Annual administration report of the Civil Veterinary Department of India - 1896-1897
Year: 1896
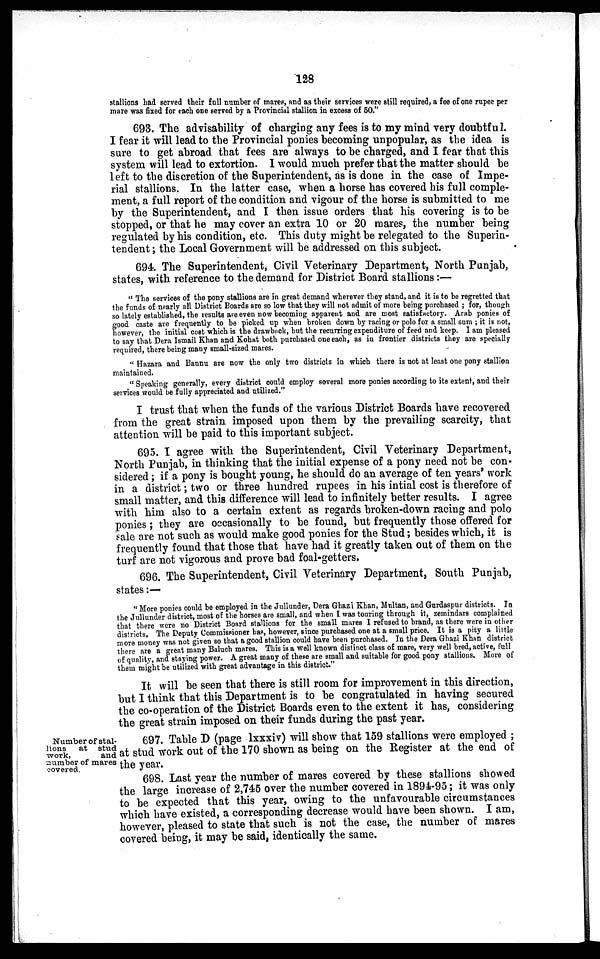
128
stallions had served their full number of mares, and as their services were still required, a fee of one rupee per
mare was fixed for each one served by a Provincial stallion in excess of 50."
693. The advisability of charging any fees is to my mind very doubtful.
I fear it will lead to the Provincial ponies becoming unpopular, as the idea is
sure to get abroad that fees are always to be charged, and I fear that this
system will lead to extortion. I would much prefer that the matter should be
left to the discretion of the Superintendent, as is done in the case of Impe-
rial stallions. In the latter case, when a horse has covered his full comple-
ment, a full report of the condition and vigour of the horse is submitted to me
by the Superintendent, and I then issue orders that his covering is to be
stopped, or that he may cover an extra 10 or 20 mares, the number being
regulated by his condition, etc. This duty might be relegated to the Superin-
tendent; the Local Government will be addressed on this subject.
694. The Superintendent, Civil Veterinary Department, North Punjab,
states, with reference to the demand for District Board stallions:—
"The services of the pony stallions are in great demand wherever they stand, and it is to be regretted that
the funds of nearly all District Boards are so low that they will not admit of more being purchased; for, though
so lately established, the results are even now becoming apparent and are most satisfactory. Arab ponies of
good caste are frequently to be picked up when broken down by racing or polo for a small sum; it is not,
however, the initial cost which is the drawback, but the recurring expenditure of feed and keep. I am pleased
to say that Dera Ismail Khan and Kohat both purchased one each, as in frontier districts they are specially
required, there being many small-sized mares.
"Hazara and Bannu are now the only two districts in which there is not at least one pony stallion
maintained.
"Speaking generally, every district could employ several more ponies according to its extent, and their
services would be fully appreciated and utilized."
I trust that when the funds of the various District Boards have recovered
from the great strain imposed upon them by the prevailing scarcity, that
attention will be paid to this important subject.
695. I agree with the Superintendent, Civil Veterinary Department,
North Punjab, in thinking that the initial expense of a pony need not be con-
sidered; if a pony is bought young, he should do an average of ten years' work
in a district; two or three hundred rupees in his intial cost is therefore of
small matter, and this difference will lead to infinitely better results. I agree
with him also to a certain extent as regards broken-down racing and polo
ponies; they are occasionally to be found, but frequently those offered for
sale are not such as would make good ponies for the Stud; besides which, it is
frequently found that those that have had it greatly taken out of them on the
turf are not vigorous and prove bad foal-getters.
696. The Superintendent, Civil Veterinary Department, South Punjab,
states :—
" More ponies could be employed in the Jullunder, Dera Ghazi Khan, Multan, and Gurdaspur districts. In
the Jullunder district, most of the horses are small, and when I was touring through it, zemindars complained
that there were no District Board stallions for the small mares I refused to brand, as there were in other
districts, The Deputy Commissioner has, however, since purchased one at a small price. It is a pity a little
more money was not given so that a good stallion could have been purchased. In the Dera Ghazi Khan district
there are a great many Baluch mares. This is a well known distinct class of mare, very well bred, active, full
of quality, and staying power. A great many of these are small and suitable for good pony stallions. More of
them might be utilized with great advantage in this district."
It will be seen that there is still room for improvement in this direction,
but I think that this Department is to be congratulated in having secured
the co-operation of the District Boards even to the extent it has, considering
the great strain imposed on their funds during the past year.
Number of stal-
lions
at stud
work,
and
number of mares
covered.
697. Table D (page lxxxiv) will show that 159 stallions were employed;
at stud work out of the 170 shown as being on the Register at the end of
the year.
698. Last year the number of mares covered by these stallions showed
the large increase of 2,745 over the number covered in 1894-95; it was only
to be expected that this year, owing to the unfavourable circumstances
which have existed, a corresponding decrease would have been shown. I am,
however, pleased to state that such is not the case, the number of mares
covered being, it may be said, identically the same.